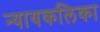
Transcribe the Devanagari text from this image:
न्यायकलिका